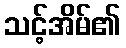
သင့်အိမ်၏